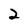
Character: 2